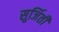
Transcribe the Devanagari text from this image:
सुर्जिती